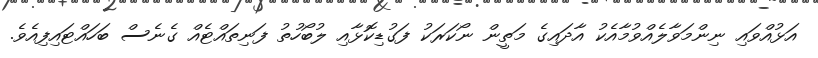
އަޅުއްވައި ނިންމަވާލެއްވުމާއެކު އާދައިގެ މަތީން ނޯކަރަކު ފަގުޑިކޮޅާއި ލުބޯހުތު ފަނިތައްޓެއް ގެނެސް ބަހައްޓައިފިއެވެ.